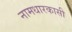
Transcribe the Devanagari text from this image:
नामधारकासी